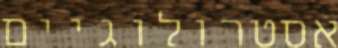
אסטרולוגיים